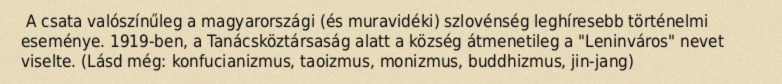
A csata valószínűleg a magyarországi (és muravidéki) szlovénség leghíresebb történelmi eseménye. 1919-ben, a Tanácsköztársaság alatt a község átmenetileg a "Leninváros" nevet viselte. (Lásd még: konfucianizmus, taoizmus, monizmus, buddhizmus, jin-jang)